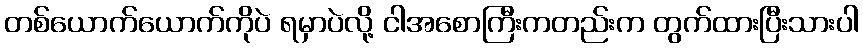
တစ်ယောက်ယောက်ကိုပဲ ရမှာပဲလို့ ငါအစောကြီးကတည်းက တွက်ထားပြီးသားပါ